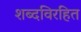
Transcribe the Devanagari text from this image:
शब्दविरहित